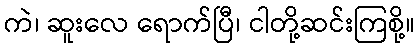
ကဲ၊ ဆူးလေ ရောက်ပြီ၊ ငါတို့ဆင်းကြစို့။